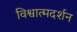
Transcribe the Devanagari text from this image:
विश्वात्मदर्शन